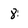
Character: 8